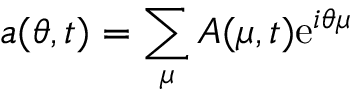
a ( \theta , t ) = \sum _ { \mu } A ( \mu , t ) \mathrm { e } ^ { i \theta \mu }